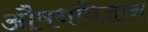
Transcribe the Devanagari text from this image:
औषधविज्ञान